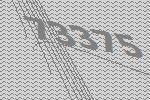
73375